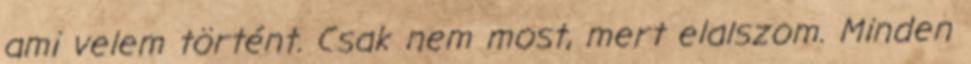
ami velem történt. Csak nem most, mert elalszom. Minden